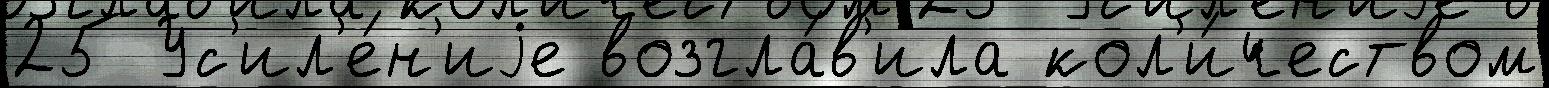
25 Ус'ил'е́н'иjе возгла́в'ила кол'и́чеством